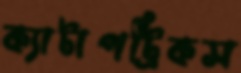
ক্যাটাপট্রিকস